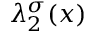
\lambda _ { 2 } ^ { \sigma } ( x )